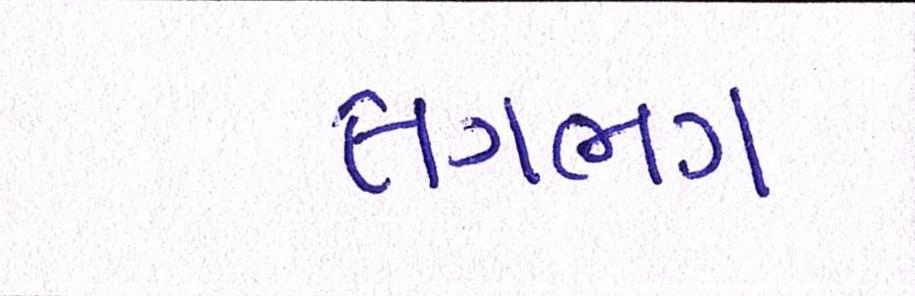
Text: લગભગ